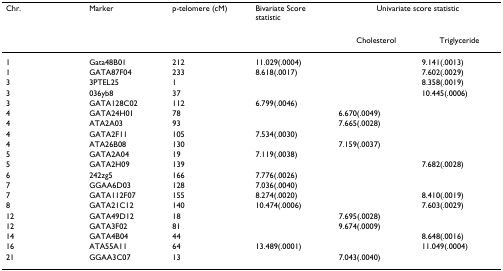
<table><thead><tr><td><b>Chr.</b></td><td><b>Marker</b></td><td><b>p-telomere (cM)</b></td><td><b>Bivariate Score statistic</b></td><td colspan="2"><b>Univariate score statistic</b></td></tr><tr><td></td><td></td><td></td><td></td><td><b>Cholesterol</b></td><td><b>Triglyceride</b></td></tr></thead><tbody><tr><td>1</td><td>Gata48B01</td><td>212</td><td>11.029(.0004)</td><td></td><td>9.141(.0013)</td></tr><tr><td>1</td><td>GATA87F04</td><td>233</td><td>8.618(.0017)</td><td></td><td>7.602(.0029)</td></tr><tr><td>3</td><td>3PTEL25</td><td>1</td><td></td><td></td><td>8.358(.0019)</td></tr><tr><td>3</td><td>036yb8</td><td>37</td><td></td><td></td><td>10.445(.0006)</td></tr><tr><td>3</td><td>GATA128C02</td><td>112</td><td>6.799(.0046)</td><td></td><td></td></tr><tr><td>4</td><td>GATA24H01</td><td>78</td><td></td><td>6.670(.0049)</td><td></td></tr><tr><td>4</td><td>ATA2A03</td><td>93</td><td></td><td>7.665(.0028)</td><td></td></tr><tr><td>4</td><td>GATA2F11</td><td>105</td><td>7.534(.0030)</td><td></td><td></td></tr><tr><td>4</td><td>ATA26B08</td><td>130</td><td></td><td>7.159(.0037)</td><td></td></tr><tr><td>5</td><td>GATA2A04</td><td>19</td><td>7.119(.0038)</td><td></td><td></td></tr><tr><td>5</td><td>GATA2H09</td><td>139</td><td></td><td></td><td>7.682(.0028)</td></tr><tr><td>6</td><td>242zg5</td><td>166</td><td>7.776(.0026)</td><td></td><td></td></tr><tr><td>7</td><td>GGAA6D03</td><td>128</td><td>7.036(.0040)</td><td></td><td></td></tr><tr><td>7</td><td>GATA112F07</td><td>155</td><td>8.274(.0020)</td><td></td><td>8.410(.0019)</td></tr><tr><td>8</td><td>GATA21C12</td><td>140</td><td>10.474(.0006)</td><td></td><td>7.603(.0029)</td></tr><tr><td>12</td><td>GATA49D12</td><td>18</td><td></td><td>7.695(.0028)</td><td></td></tr><tr><td>12</td><td>GATA3F02</td><td>81</td><td></td><td>9.674(.0009)</td><td></td></tr><tr><td>14</td><td>GATA4B04</td><td>44</td><td></td><td></td><td>8.648(.0016)</td></tr><tr><td>16</td><td>ATA55A11</td><td>64</td><td>13.489(.0001)</td><td></td><td>11.049(.0004)</td></tr><tr><td>21</td><td>GGAA3C07</td><td>13</td><td></td><td>7.043(.0040)</td><td></td></tr></tbody></table>